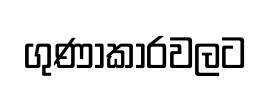
ගුණාකාරවලට